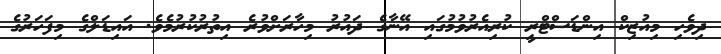
ދިވެހި މިއުޒިކް އިންޑަސްޓްރީ ކުރިއެރުވުމުގައި އޭނާގެ ދައުރު މިހާރަށްވުރެ އިތުރުކުރުމެވެ. އައިޑަލްގެ މިފަހަރުގެ